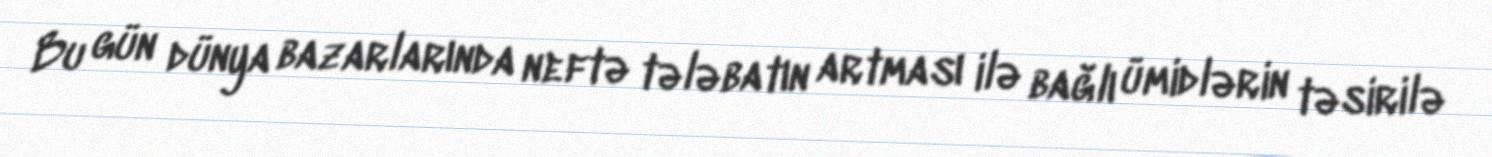
Bu gün dünya bazarlarında neftə tələbatın artması ilə bağlı ümidlərin təsirilə